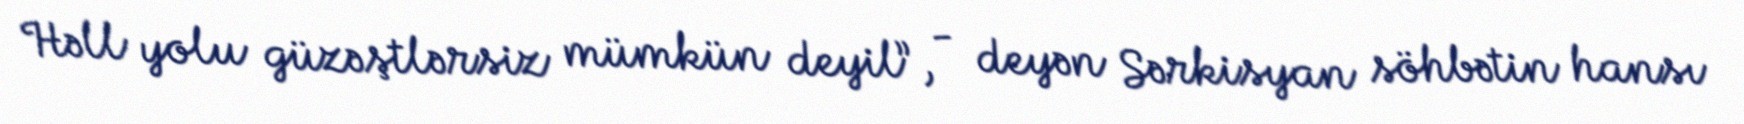
Həll yolu güzəştlərsiz mümkün deyil”, - deyən Sərkisyan söhbətin hansı